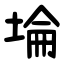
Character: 埨